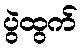
ပွဲထွက်